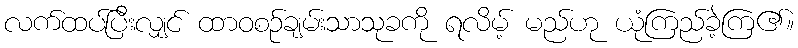
လက်ထပ်ပြီးလျှင် ထာဝစဉ်ချမ်းသာသုခကို ရလိမ့် မည်ဟု ယုံကြည်ခဲ့ကြ၏။